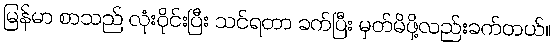
မြန်မာ စာသည် လုံးဝိုင်းပြီး သင်ရတာ ခက်ပြီး မှတ်မိဖို့လည်းခက်တယ်။